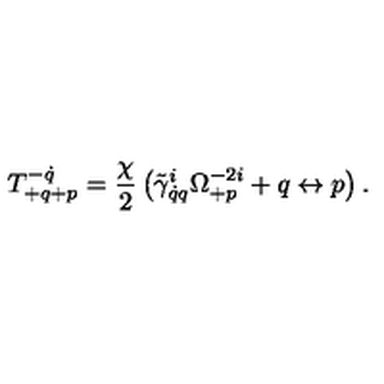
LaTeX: T _ { + q + p } ^ { - \dot { q } } = \frac { \chi } { 2 } \left( \tilde { \gamma } _ { \dot { q } q } ^ { i } \Omega _ { + p } ^ { - 2 i } + q \leftrightarrow p \right) .